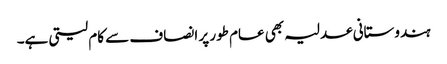
ہندوستانی عدلیہ بھی عام طور پر انصاف سے کام لیتی ہے۔